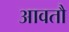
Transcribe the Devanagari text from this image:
आवतौ